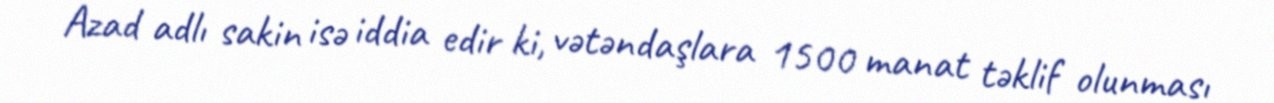
Azad adlı sakin isə iddia edir ki, vətəndaşlara 1500 manat təklif olunması